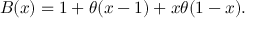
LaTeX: B ( x ) = 1 + \theta ( x - 1 ) + x \theta ( 1 - x ) .